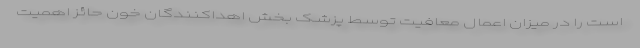
است را در میزان اعمال معافیت توسط پزشک بخش اهداکنندگان خون حائز اهمیت